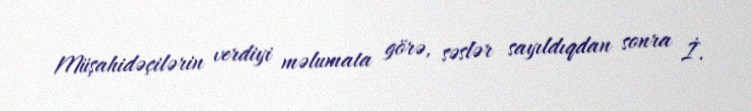
Müşahidəçilərin verdiyi məlumata görə, səslər sayıldıqdan sonra İ.